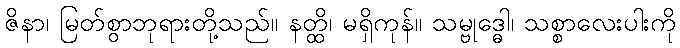
ဇိနာ၊ မြတ်စွာဘုရားတို့သည်။ နတ္ထိ၊ မရှိကုန်။ သမ္ဗုဒ္ဓေါ၊ သစ္စာလေးပါးကို